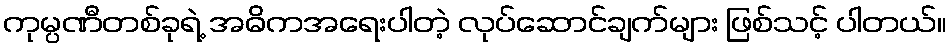
ကုမ္ပဏီတစ်ခုရဲ့ အဓိကအရေးပါတဲ့ လုပ်ဆောင်ချက်များ ဖြစ်သင့် ပါတယ်။